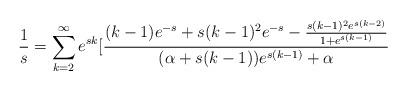
LaTeX: \begin{align*}\frac{1}{s}=\sum_{k=2}^{\infty}{e^{sk}[\frac{(k-1)e^{-s}+s(k-1)^2e^{-s}-\frac{s(k-1)^2e^{s(k-2)}}{1+e^{s(k-1)}}}{(\alpha+s(k-1))e^{s(k-1)}+\alpha}} \end{align*}